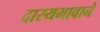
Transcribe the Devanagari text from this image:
दास्यभावाने